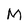
Character: M